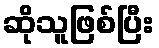
ဆိုသူဖြစ်ပြီး